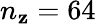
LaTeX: n_{\mathbf{z}}=64